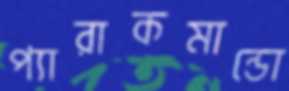
প্যারাকমান্ডো